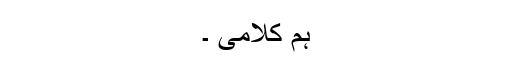
ہم کلامی ۔